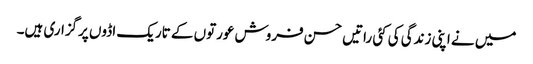
میں نے اپنی زندگی کی کئی راتیں حسن فروش عورتوں کے تاریک اڈوں پرگزاری ہیں۔